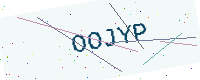
Text: OOJYP